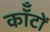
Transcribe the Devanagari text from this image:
कॉँटों